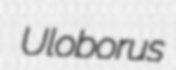
Uloborus